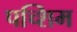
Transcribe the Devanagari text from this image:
पच्शिम